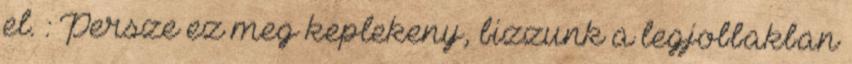
el. : Persze ez meg keplekeny, bizzunk a legjobbakban